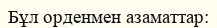
Бұл орденмен азаматтар: